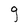
Character: g